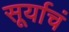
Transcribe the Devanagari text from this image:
सूर्याचं